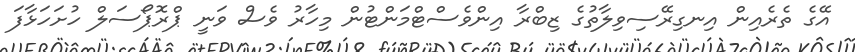
އޭގެ ތެރެއިން އިނގިރޭސިވިލާތުގެ ޒިބްރާ އިންވެސްޓްމަންޓުން މިހާރު ވެސް ވަނީ ޕްރޮޕޯސަލް ހުށަހަޅާފަ